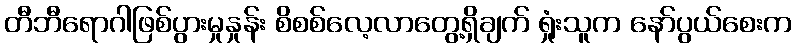
တီဘီရောဂါဖြစ်ပွားမှုနှုန်း စိစစ်လေ့လာတွေ့ရှိချက် ရှုံးသူက နော်ပွယ်စေးက